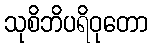
သုစိဘိပရိဝုတော